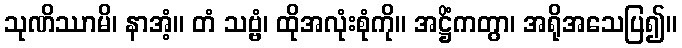
သုဏိဿာမိ၊ နာအံ့။ တံ သဗ္ဗံ၊ ထိုအလုံးစုံကို။ အဋ္ဌိံကတွာ၊ အရိုအသေပြ၍။